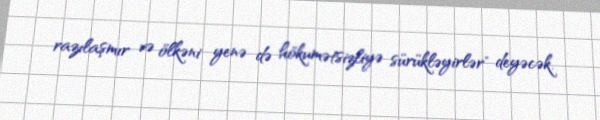
razılaşmır və ölkəni yenə də hökumətsizliyə sürükləyirlər" deyəcək.